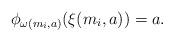
LaTeX: \begin{align*}\phi_{\omega(m_i,a)}(\xi(m_i,a)) = a.\end{align*}